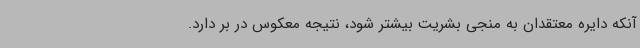
آنکه دایره معتقدان به منجی بشریت بیشتر شود، نتیجه معکوس در بر دارد.